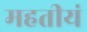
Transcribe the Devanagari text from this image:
महतीयं